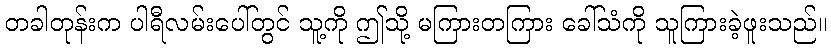
တခါတုန်းက ပါရီလမ်းပေါ်တွင် သူ့ကို ဤသို့ မကြားတကြား ခေါ်သံကို သူကြားခဲ့ဖူးသည်။